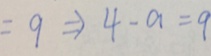
= 9 \Rightarrow 4 - a = 9